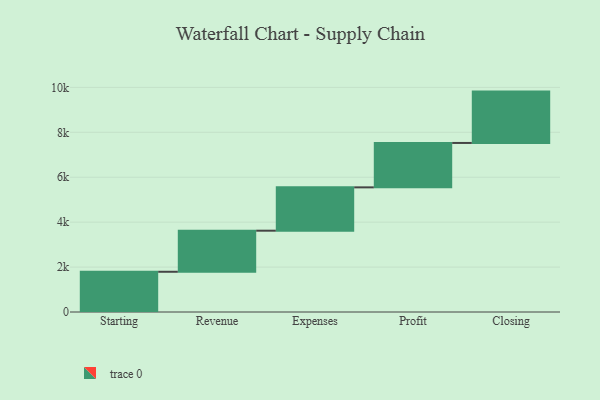
{"axis": {"x": "Step", "y": "Value"}, "legend": [""], "data": [{"x": "Starting", "y": 1791.0, "type": ""}, {"x": "Revenue", "y": 1829.0, "type": ""}, {"x": "Expenses", "y": 1929.0, "type": ""}, {"x": "Profit", "y": 1977.0, "type": ""}, {"x": "Closing", "y": 2286.0, "type": ""}]}